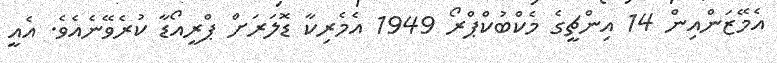
އެމޭޒަންއިން 14 އިންޗީގެ މެކްބުކްޕްރޯ 1949 އެމެރިކާ ޑޮލަރަށް ޕްރީއޯޑާ ކުރެވޭނެއެވެ. އެއީ